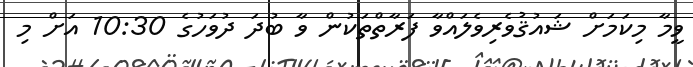
ވީމާ މިކަމަށް ޝައުޤުވެރިވެލައްވާ ފަރާތްތަކުން ވާ ބުދަ ދުވަހުގެ 10:30 އަށް މި